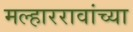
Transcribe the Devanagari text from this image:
मल्हाररावांच्या